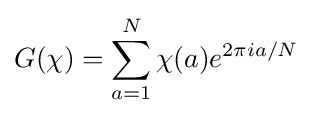
G(\chi )=\sum _{a=1}^{N}\chi (a)e^{2\pi ia/N}